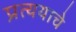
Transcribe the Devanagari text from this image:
प्रत्ययाचे